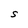
Character: S